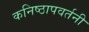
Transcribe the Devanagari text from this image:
कनिष्ठापवर्तनी